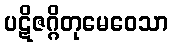
ပဋိဇဂ္ဂိတုမေဝေသာ